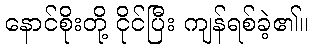
နောင်စိုးတို့ ငိုင်ပြီး ကျန်ရစ်ခဲ့၏။